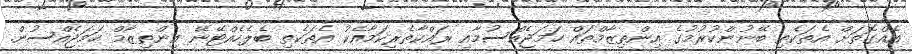
އެއްގޮތަށް އެތަކެތި ބޭނުންކުރުމުގެ އިންތިޒާމްތައް ހަމަޖެއްސުމާއި ރައްކާތެރިކަމާއެކު އެތަކެތި ބެލެހެއްޓޭނޭ އިންތިޒާމް ހަމަޖެއްސުން.